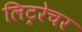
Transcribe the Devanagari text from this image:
लिट्ररेचर